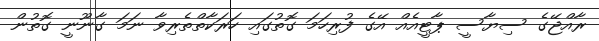
ރާއްޖޭގެ ސިޔާސީ ޕާޓީއެއް އޭގެ ފުރިހަމަ ގޮތުގައި ހަރަކާތްތެރިވާ ނަމަ ގާނޫނީ ގޮތުން